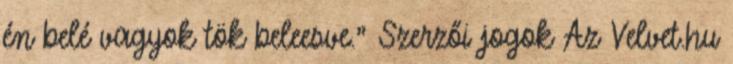
én belé vagyok tök beleesve." Szerzői jogok Az Velvet.hu